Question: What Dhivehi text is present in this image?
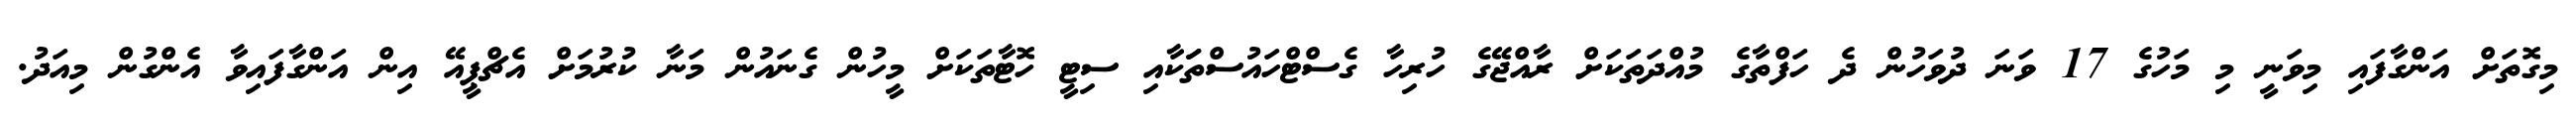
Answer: މިގޮތަށް އަންގާފައި މިވަނީ މި މަހުގެ 17 ވަނަ ދުވަހުން ދެ ހަފްތާގެ މުއްދަތަކަށް ރާއްޖޭގެ ހުރިހާ ގެސްޓްހައުސްތަަކާއި ސިޓީ ހޮޓާތަކަށް މީހުން ގެނައުން މަނާ ކުރުމަށް އެޗްޕީއޭ އިން އަންގާފައިވާ އެންގުން މިއަދު.